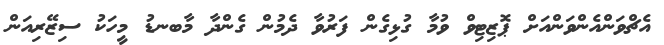
އެޗްވަންއެންވަންއަށް ޕޮޒިޓިވް ވުމާ ގުޅިގެން ފަރުވާ ދެމުން ގެންދާ މާބނޑު މީހަކު ސިޒޭރިއަން